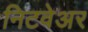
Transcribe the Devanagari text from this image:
निटवेअर